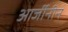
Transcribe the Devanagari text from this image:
आर्जीनीन